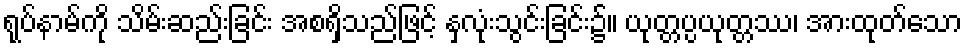
ရုပ်နာမ်ကို သိမ်းဆည်းခြင်း အစရှိသည်ဖြင့် နှလုံးသွင်းခြင်း၌။ ယုတ္တပ္ပယုတ္တဿ၊ အားထုတ်သော